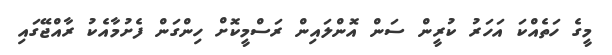
މީގެ ހަތެއްކަ އަހަރު ކުރީން ސަން އޮންލައިން ރަސްމީކޮށް ހިންގަން ފެށުމާއެކު ރާއްޖޭގައި